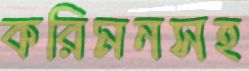
করিমনসহ